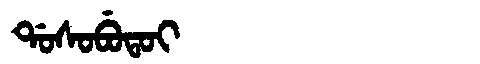
Manchu: ᡩᠣᠰᠣᠪᡠᡨᠣᡳ
Romanization: DOSOBUTOI